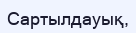
Сартылдауық,